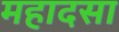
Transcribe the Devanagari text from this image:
महादसा